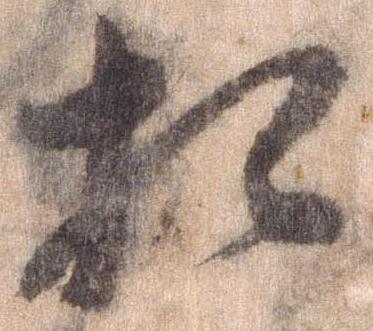
相